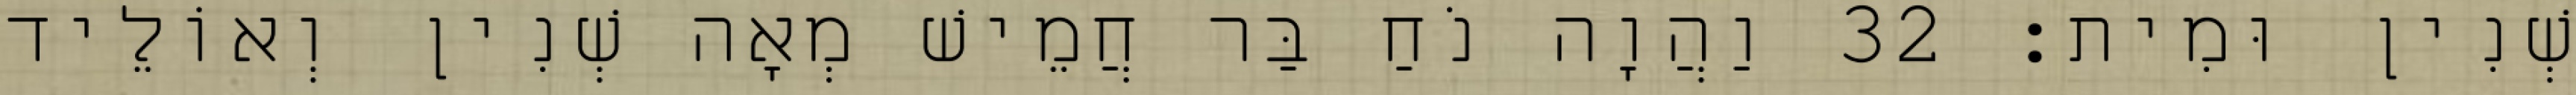
שְׁנִין וּמִית׃ 32 וַהֲוָה נֹחַ בַּר חֲמֵישׁ מְאָה שְׁנִין וְאוֹלֵיד